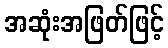
အဆုံးအဖြတ်ဖြင့်